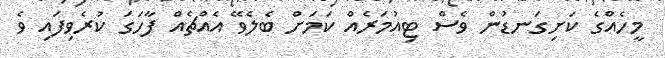
މީހެއްގެ ކަށިގަނޑުން ވެސް ޓިއުމަރެއް ކަމަށް ބެލެވޭ އެއްޗެއް ފާހަގަ ކުރެވިފައި ވެ